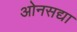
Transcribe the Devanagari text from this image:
ओनसद्या